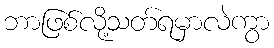
ဘာဖြစ်လို့သတ်ရမှာလဲကွာ